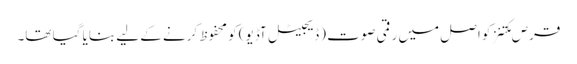
قرص مکتنز کو اصل میں رقمی صوت (ڈیجیٹل آڈیو) کو محفوظ کرنے کے لیے بنایا گیا تھا۔